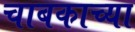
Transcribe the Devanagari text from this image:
चाबकाच्या